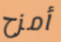
أمزح